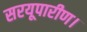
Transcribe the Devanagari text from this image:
सरयूपारीण।